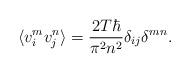
LaTeX: \begin{align*}\langle v_{i}^{m} v_{j}^{n} \rangle =\frac{ 2 T \hbar }{ \pi^2 n^2} \delta_{ij} \delta^{mn}. \end{align*}